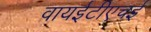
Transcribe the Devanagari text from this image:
वायईटीएचई